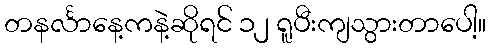
တနင်္လာနေ့ကနဲ့ဆိုရင် ၁၂ ရူပီးကျသွားတာပေါ့။